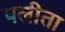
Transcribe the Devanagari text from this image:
पलीता